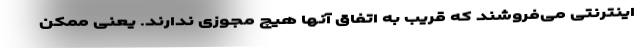
اینترنتی می‌فروشند که قریب به اتفاق آنها هیچ مجوزی ندارند.‌ یعنی ممکن